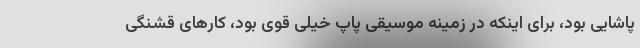
پاشایی بود، برای اینکه در زمینه موسیقی پاپ خیلی قوی بود، کارهای قشنگی